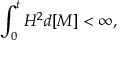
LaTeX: \int _ { 0 } ^ { t } H ^ { 2 } d [ M ] < \infty ,